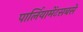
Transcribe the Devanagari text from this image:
पार्लियामेंटसबसे